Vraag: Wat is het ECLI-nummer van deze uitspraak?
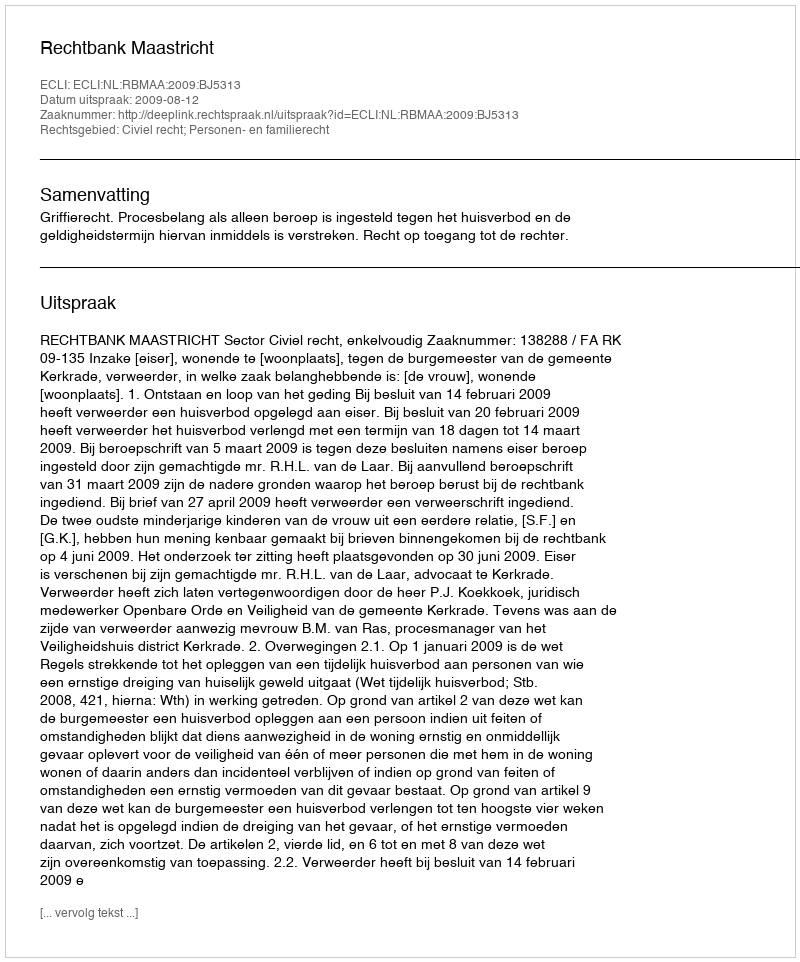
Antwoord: ECLI:NL:RBMAA:2009:BJ5313